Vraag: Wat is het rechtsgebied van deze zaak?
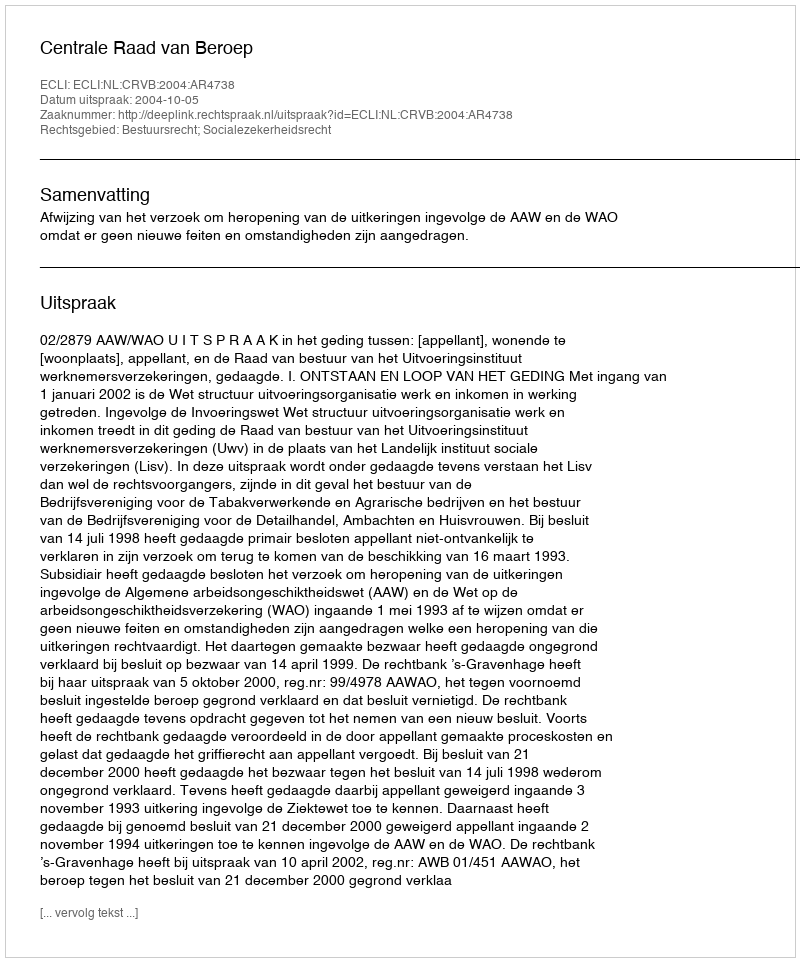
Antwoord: Bestuursrecht; Socialezekerheidsrecht